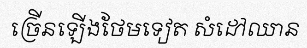
ច្រើនឡើងថែមទៀត សំដៅឈាន